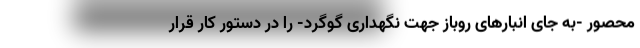
محصور -به جای انبارهای روباز جهت نگهداری گوگرد- را در دستور کار قرار